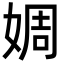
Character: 婤